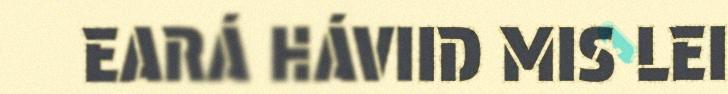
EARÁ HÁVIID MIS LEI